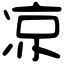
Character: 凉